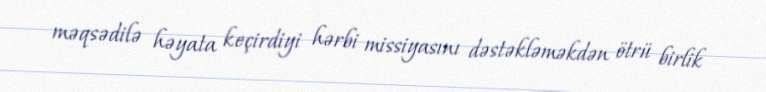
məqsədilə həyata keçirdiyi hərbi missiyasını dəstəkləməkdən ötrü birlik